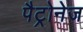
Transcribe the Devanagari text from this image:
पैट्रोनेज